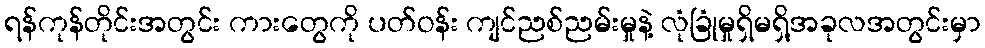
ရန်ကုန်တိုင်းအတွင်း ကားတွေကို ပတ်ဝန်း ကျင်ညစ်ညမ်းမှုနဲ့ လုံခြုံမှုရှိမရှိ့အခုလအတွင်းမှာ